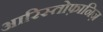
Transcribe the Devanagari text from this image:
आरिस्तोफ़ानिज़